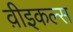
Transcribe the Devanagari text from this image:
व़ीइकल्स